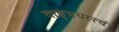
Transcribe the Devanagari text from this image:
वाङ्‌मयस्त्वं